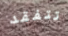
تتفقد